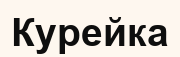
Курейка